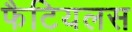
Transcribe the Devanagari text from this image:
फैटियलस